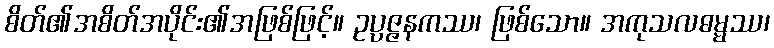
စိတ်၏အစိတ်အပိုင်း၏အဖြစ်ဖြင့်။ ဥပ္ပဇ္ဇနကဿ၊ ဖြစ်သော။ အကုသလဓမ္မဿ၊